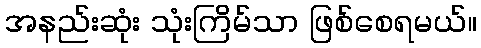
အနည်းဆုံး သုံးကြိမ်သာ ဖြစ်စေရမယ်။